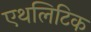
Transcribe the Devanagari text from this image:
एथलिटिक